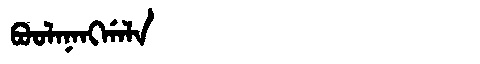
Manchu: ᠪᠣᠣᠯᠠᠨᠠᠩᡤᠠᠯᠠ
Romanization: BOOLANANGGALA